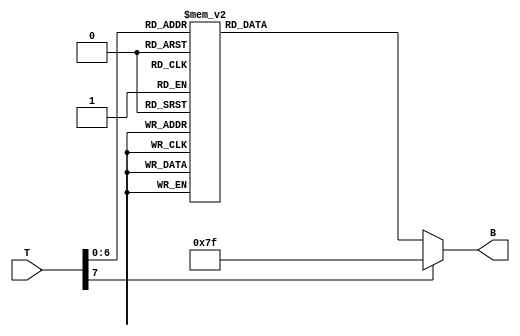
module thermal_encoder (
    input wire [7:0] T,        // 8-bit temperature input (0 to 100)
    output reg [6:0] B         // 7-bit binary output
);

always @(*) begin
    case (T)
        8'd0  : B = 7'b0000000; // 0C to 10C
        8'd1  : B = 7'b0000000;
        8'd2  : B = 7'b0000000;
        8'd3  : B = 7'b0000000;
        8'd4  : B = 7'b0000000;
        8'd5  : B = 7'b0000000;
        8'd6  : B = 7'b0000000;
        8'd7  : B = 7'b0000000;
        8'd8  : B = 7'b0000000;
        8'd9  : B = 7'b0000000;
        8'd10 : B = 7'b0000000; // 0C to 10C
        
        8'd11 : B = 7'b0000001; // 11C to 20C
        8'd12 : B = 7'b0000001;
        8'd13 : B = 7'b0000001;
        8'd14 : B = 7'b0000001;
        8'd15 : B = 7'b0000001;
        8'd16 : B = 7'b0000001;
        8'd17 : B = 7'b0000001;
        8'd18 : B = 7'b0000001;
        8'd19 : B = 7'b0000001;
        8'd20 : B = 7'b0000001; // 11C to 20C
        
        8'd21 : B = 7'b0000010; // 21C to 30C
        8'd22 : B = 7'b0000010;
        8'd23 : B = 7'b0000010;
        8'd24 : B = 7'b0000010;
        8'd25 : B = 7'b0000010;
        8'd26 : B = 7'b0000010;
        8'd27 : B = 7'b0000010;
        8'd28 : B = 7'b0000010;
        8'd29 : B = 7'b0000010;
        8'd30 : B = 7'b0000010; // 21C to 30C
        
        8'd31 : B = 7'b0000011; // 31C to 40C
        8'd32 : B = 7'b0000011;
        8'd33 : B = 7'b0000011;
        8'd34 : B = 7'b0000011;
        8'd35 : B = 7'b0000011;
        8'd36 : B = 7'b0000011;
        8'd37 : B = 7'b0000011;
        8'd38 : B = 7'b0000011;
        8'd39 : B = 7'b0000011;
        8'd40 : B = 7'b0000011; // 31C to 40C

        // Repeat the above pattern for further ranges...

        8'd91 : B = 7'b0001100; // 91C to 100C
        8'd92 : B = 7'b0001100;
        8'd93 : B = 7'b0001100;
        8'd94 : B = 7'b0001100;
        8'd95 : B = 7'b0001100;
        8'd96 : B = 7'b0001100;
        8'd97 : B = 7'b0001100;
        8'd98 : B = 7'b0001100;
        8'd99 : B = 7'b0001100;
        8'd100: B = 7'b0001100; // 91C to 100C
        
        default: B = 7'b1111111; // Default case for out of range
    endcase
end

endmodule